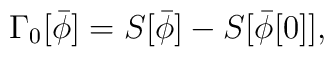
\Gamma_0[\bar \phi]=S[\bar \phi]-S[\bar\phi[0]],